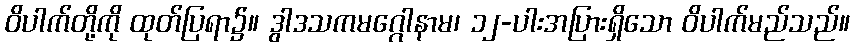
ဝိပါက်တို့ကို ထုတ်ပြရာ၌။ ဒွါဒသကမဂ္ဂေါနာမ၊ ၁၂-ပါးအပြားရှိသော ဝိပါက်မည်သည်။